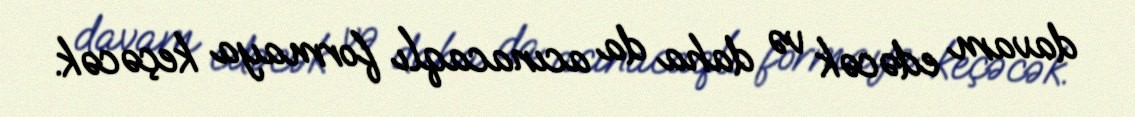
davam edəcək və daha da acınacaqlı formaya keçəcək.